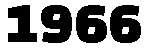
1966